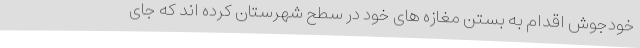
خودجوش اقدام به بستن مغازه های خود در سطح شهرستان کرده اند که جای